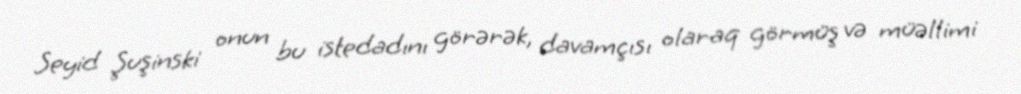
Seyid Şuşinski onun bu istedadını görərək, davamçısı olaraq görmüş və müəllimi